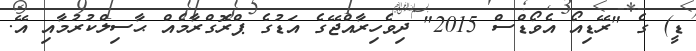
ޑީ) ގެ "ރޭޑިއޯ އެވޯޑްސް 2015" ދިވެހިރާއްޖޭގެ އަޑުގެ ޕްރޮގްރާމެއް ޙާސިލްކުރުމާއި އޭ.